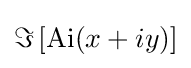
\Im \left[\operatorname {Ai} (x+iy)\right]